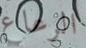
الرعاع